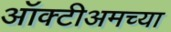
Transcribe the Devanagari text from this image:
ऑक्टीअमच्या